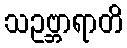
သဥဗ္ဘာရာတိ